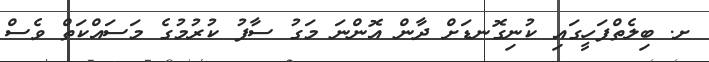
ށ. ބިލެތްފަހީގައި ކުނިގޮނޑަށް ދާން އޮންނަ މަގު ސާފު ކުރުމުގެ މަސައްކަތް ވެސް